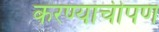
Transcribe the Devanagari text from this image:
करण्याचीपण